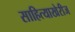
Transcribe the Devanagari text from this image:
साहित्याखेरीज